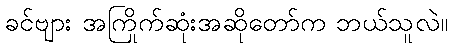
ခင်ဗျား အကြိုက်ဆုံးအဆိုတော်က ဘယ်သူလဲ။